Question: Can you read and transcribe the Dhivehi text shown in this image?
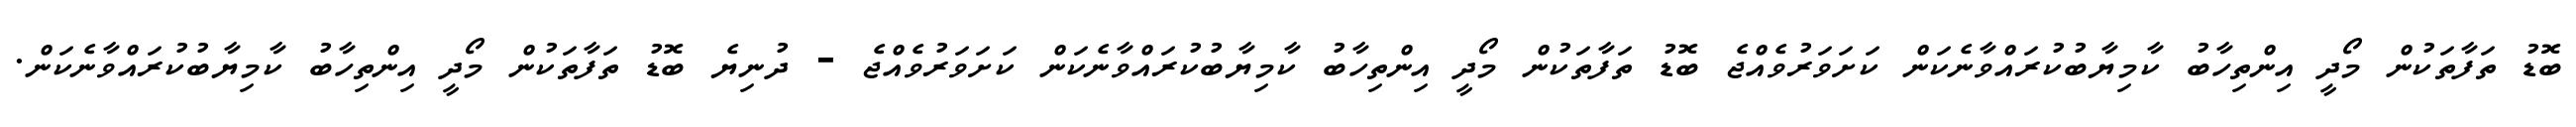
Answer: ބޮޑު ތަފާތަކުން މޯދީ އިންތިހާބު ކާމިޔާބުކުރައްވާނެކަން ކަށަވަރުވެއްޖެ ބޮޑު ތަފާތަކުން މޯދީ އިންތިހާބު ކާމިޔާބުކުރައްވާނެކަން ކަށަވަރުވެއްޖެ - ދުނިޔެ ބޮޑު ތަފާތަކުން މޯދީ އިންތިހާބު ކާމިޔާބުކުރައްވާނެކަން.